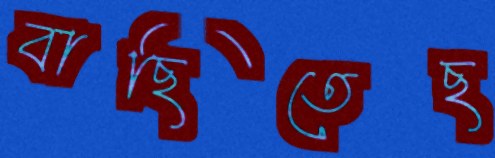
বাছিতেছ